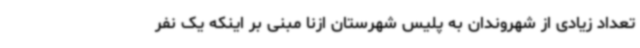
تعداد زیادی از شهروندان به پلیس شهرستان ازنا مبنی بر اینکه یک نفر